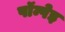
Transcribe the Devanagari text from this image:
पॉम्पेइ